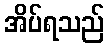
အိပ်ရသည်